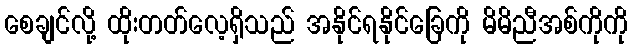
စေချင်လို့ ထိုးတတ်လေ့ရှိသည် အနိုင်ရနိုင်ခြေကို မိမိညီအစ်ကိုကို